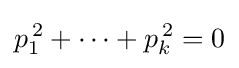
p_{1}^{\,2}+\cdots +p_{k}^{\,2}=0